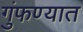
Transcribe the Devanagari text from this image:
गुंफण्यात